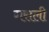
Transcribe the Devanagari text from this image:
गसली